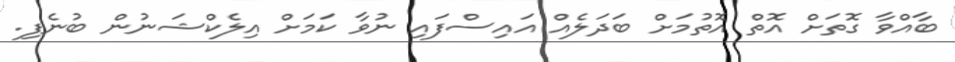
ބާއްވާ ގޮތަށް އޮތް އޮތުމަށް ބަދަލެއް އައިސްފައި ނުވާ ކަމަށް އިލެކްޝަނުން ބުނެފި.